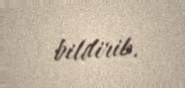
bildirib.